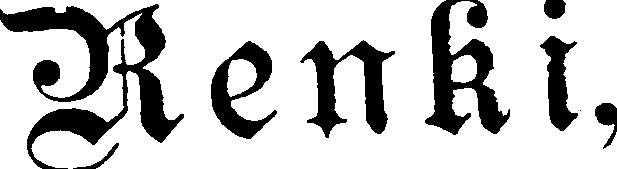
Renki,